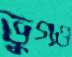
ভুগও